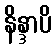
နိန္ဒာပိ